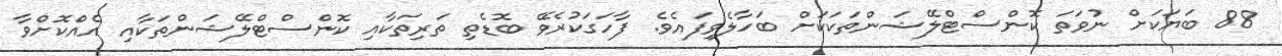
88 ބަޔަކަށް ނުވަތަ ކޮންސްޓްލޭޝަންތަކަކަށް ބަހާލެވިފައެވެ. ފާހަގަކުރެވޭ ބޮޑެތި ތަރިތަކާއި ކޮންސްޓްލޭޝަންތަކާއި އެއްކޮށްވާ